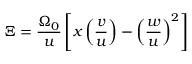
\Xi = \frac { \Omega _ { 0 } } { u } \left[ x \left( \frac { v } { u } \right) - \left( \frac { w } { u } \right) ^ { 2 } \right]